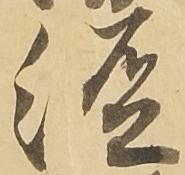
経